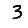
Digit: 3